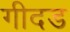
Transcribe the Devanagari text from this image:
गीदड